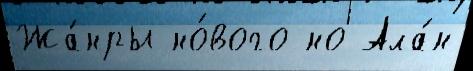
Жа́нры но́вого но Ала́н